Report of the Indian Hemp Drugs Commission, 1894-1895 - Volume VII
Year: 1894
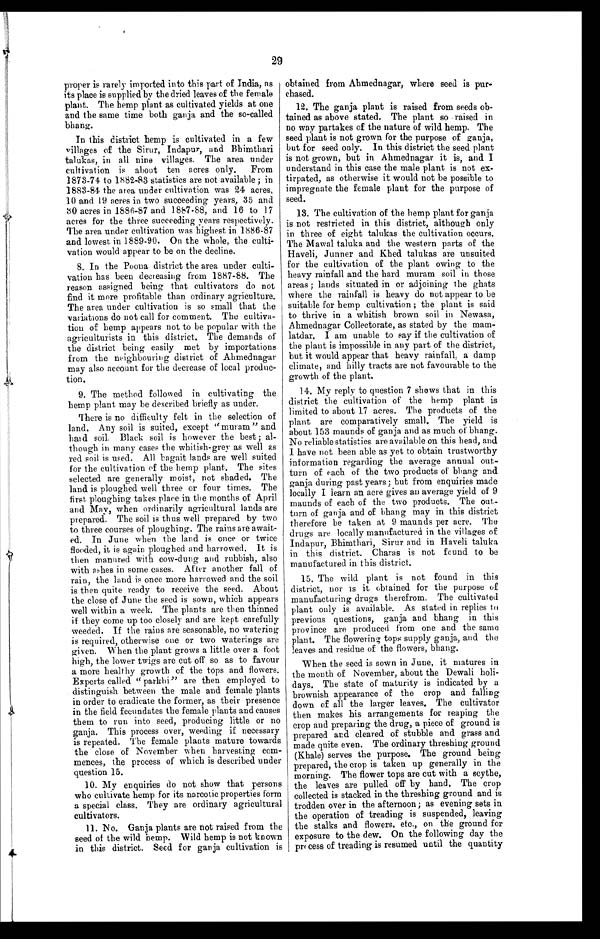
29
proper is rarely imported into this part of India, as
its place is supplied by the dried leaves of the female
plant. The hemp plant as cultivated yields at one
and the same time both ganja and the so-called
bhang.
In this district hemp is cultivated in a few
villages of the Sirur, Indapur, and Bhimthari
talukas, in all nine villages. The area under
cultivation is about ten acres only. From
1873-74 to 1882-83 statistics are not available; in
1883-84 the area under cultivation was 24 acres,
10 and 19 acres in two succeeding years, 35 and
30 acres in 1886-87 and 1887-. 8 8 , a n d 1 6 t o 1 7
acres for the three succeeding years respectively.
The area under cultivation was highest in 1886-87
and lowest in 1889-90. On the whole, the culti-
vation would appear to be on the decline.
8. In the Poona district the area under culti
-
vation has been decreasing from 1887-88. The
reason assigned being that cultivators do not
find it more profitable than ordinary agriculture.
The area under cultivation is so small that the
variations do not call for comment. The cultiva-
tion of hemp appears not to be popular with the
agriculturists in this district. The demands of
the district being easily met by importations
from the neighbouring district of Ahmednagar
may also account for the decrease of local produc
-
tion.
9. The method followed in cultivating the
hemp plant may be described briefly as under.
There is no difficulty felt in the selection of
land. Any soil is suited, except "muram" and
hard soil. Black soil is however the best; al
-
though in many cases the whitish-grey as well as
red soil is used. All bagait lands are well suited
for the cultivation of the hemp plant. The sites
selected are generally moist, not shaded. The
land is ploughed well three or four times. The
first, ploughing takes place in the months of April
and May, when ordinarily agricultural lands are
prepared. The soil is thus well prepared by two
to three courses of ploughing. The rains are await
-
ed. In June when the land is once or twice
flooded, it is again ploughed and harrowed. It is
then manured with cow-dung and rubbish, also
with ashes in some cases. After another fall of
rain, the land is once more harrowed and the soil
is then quite ready to receive the seed. About
the close of June the seed is sown, which appears
well within a week. The plants are then thinned
if they come up too closely and are kept carefully
weeded. If the rains are seasonable, no watering
is required, otherwise one or two waterings are
given. When the plant grows a little over a foot
high, the lower twigs are cut off so as to favour
a more healthy growth of the tops and flowers.
Experts called "parkhi" are then employed to
distinguish between the male and female plants
in order to eradicate the former, as their presence
in the field fecundates the female plants and causes
them to run into seed, producing little or no
ganja. This process over, weeding if necessary
is repeated. The female plants mature towards
the close of November when harvesting com
-
mences, the process of which is described under
question 15.
10. My enquiries do not show that persons
who cultivate hemp for its narcotic properties form
a special class. They are ordinary agricultural
cultivators.
11. No. Ganja plants are not raised from the
seed of the wild hemp. Wild hemp is not known
in this district. Seed for ganja cultivation is
obtained from Ahmednagar, where seed is pur
-
chased.
12. The ganja plant is raised from seeds ob
-
tained as above stated. The plant so raised in
no way partakes of the nature of wild hemp. The
seed plant is not grown for the purpose of ganja,
but for seed only. In this district the seed plant
is not grown, but in Ahmednagar it is, and I
understand in this case the male plant is not ex
-
tirpated, as otherwise it would not be possible to
impregnate the female plant for the purpose of
seed.
13. The cultivation of the hemp plant for ganja
is not restricted in this district, although only
in three of eight talukas the cultivation occurs.
The Mawal taluka and the western parts of the
Haveli, Junner and Khed talukas are unsuited
for the cultivation of the plant owing to the
heavy rainfall and the hard muram soil in those
areas; lands situated in or adjoining the ghats
where the rainfall is heavy do not appear to be
suitable for hemp cultivation; the plant is said
to thrive in a whitish brown soil in Newasa,
Ahmednagar Collectorate, as stated by the mam
-
latdar. I am unable to say if the cultivation of
the plant is impossible in any part of the district,
but it would appear that heavy rainfall, a damp
climate, and hilly tracts are not favourable to the
growth of the plant.
14. My reply to question 7 shows that in this
district the cultivation of the hemp plant is
limited to about 17 acres. The products of the
plant are comparatively small. The yield is
about 153 maunds of ganja and as much of bhang.
No reliable statistics are available on this head, and
I have not been able as yet to obtain trustworthy
information regarding the average annual out
-
turn of each of the two products of bhang and
ganja during past years; but from enquiries made
locally I learn an acre gives an average yield of 9
maunds of each of the two products. The out
-
t u r n o f g a n j a a n d o f b h a n g m a y i n t h i s d i s t r i c t
therefore be taken at 9 maunds per acre. The
drugs are locally manufactured in the villages of
Indapur, Bhimthari, Sirur and in Haveli taluka,
in this district. Charas is not found to be
manufactured in this district.
15. The wild plant is not found in this
district, nor is it obtained for the purpose of
manufacturing drugs therefrom. The cultivated
plant only is available. As stated in replies to
previous questions, ganja and bhang in this
province are produced from one and the same
plant. The flowering tops supply ganja, and the
leaves and residue of the flowers, bhang.
When the seed is sown in June, it matures in
the month of November, about the Dewali holi-
days, The state of maturity is indicated by a
brownish appearance of the crop and falling
down of all the larger leaves. The cultivator
then makes his arrangements for reaping the
crop and preparing the drug, a piece of ground is
prepared and cleared of stubble and grass and
made quite even. The ordinary threshing ground
(Khale) serves the purpose. The ground being
prepared, the crop is taken up generally in the
morning. The flower tops are cut with a scythe,
the leaves are pulled off by hand. The crop
collected is stacked in the threshing ground and is
trodden over in the afternoon; as evening sets in
the operation of treading is suspended, leaving
the stalks and flowers, etc., on the ground for
exposure to the dew. On the following day the
process of treading is resumed until the quantity